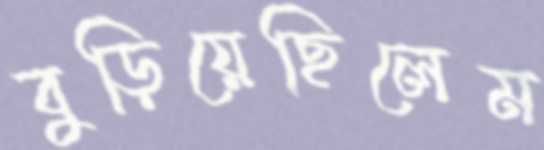
বুড়িয়েছিলেম